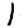
Digit: 1